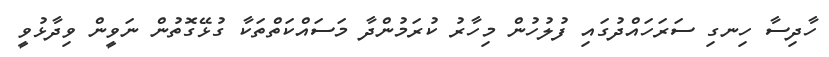
ހާދިސާ ހިނގި ސަރަހައްދުގައި ފުލުހުން މިހާރު ކުރަމުންދާ މަސައްކަތްތަކާ ގުޅޭގޮތުން ނަވީން ވިދާޅުވީ